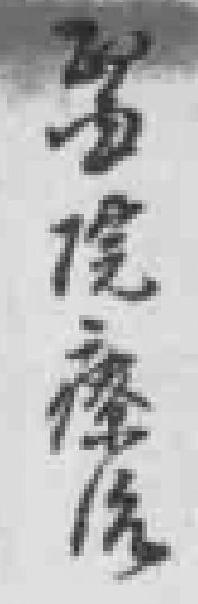
*院療治